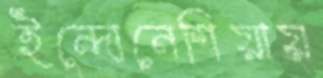
ইন্দোনেশিয়ায়